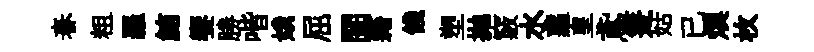
春粗羅鮪饗勝喈娥屈閨籍餞塑拋竅水蘿皇鳶箑姑已燠枚